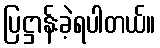
ပြဋ္ဌာန်းခဲ့ရပါတယ်။